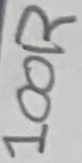
Text: 100R